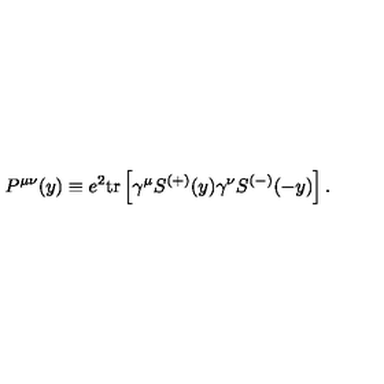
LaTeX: P ^ { \mu \nu } ( y ) \equiv e ^ { 2 } \mathrm { t r } \left[ \gamma ^ { \mu } S ^ { ( + ) } ( y ) \gamma ^ { \nu } S ^ { ( - ) } ( - y ) \right] .